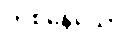
တစ်နေ့သော်